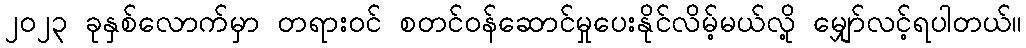
၂၀၂၃ ခုနှစ်လောက်မှာ တရားဝင် စတင်ဝန်ဆောင်မှုပေးနိုင်လိမ့်မယ်လို့ မျှော်လင့်ရပါတယ်။